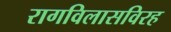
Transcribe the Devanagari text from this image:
रागविलासविरह